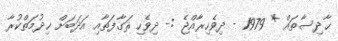
ޙާދިސާތައް * 1979 - ދިވެހިރާއްޖެ :- ދިވެހި ޘަގާފަތާއި އަދަބަށް ޚިދުމަތްކުރާ